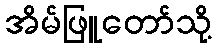
အိမ်ဖြူတော်သို့